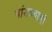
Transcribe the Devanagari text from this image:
पांडववाणी